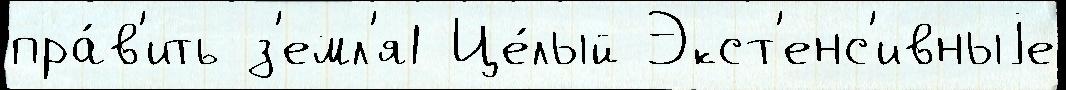
пра́в'ить з'емл'я1 Це́лый Экст'енс'ивныjе